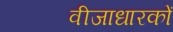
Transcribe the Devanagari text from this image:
वीजाधारकों